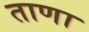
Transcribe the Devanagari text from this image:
ताणा